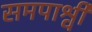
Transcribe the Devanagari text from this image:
समपार्श्वी